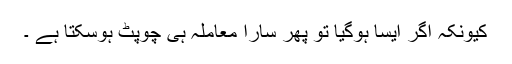
کیونکہ اگر ایسا ہوگیا تو پھر سارا معاملہ ہی چوپٹ ہوسکتا ہے ۔